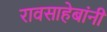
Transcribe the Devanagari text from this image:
रावसाहेबांनीं